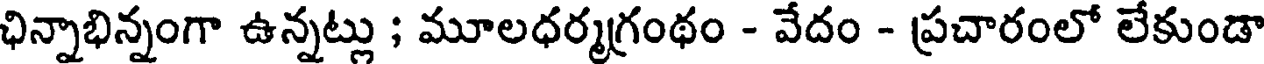
ఛిన్నాభిన్నంగా ఉన్నట్లు ; మూలధర్మగ్రంథం - వేదం - ప్రచారంలో లేకుండా